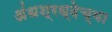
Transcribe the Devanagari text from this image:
अंधश्रध्देच्या